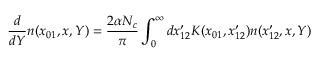
{ \frac { d } { d Y } } n ( x _ { 0 1 } , x , Y ) = { \frac { 2 \alpha N _ { c } } { \pi } } \int _ { 0 } ^ { \infty } d x _ { 1 2 } ^ { \prime } K ( x _ { 0 1 } , x _ { 1 2 } ^ { \prime } ) n ( x _ { 1 2 } ^ { \prime } , x , Y )